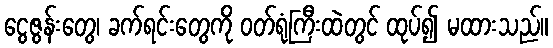
ငွေဇွန်းတွေ၊ ခက်ရင်းတွေကို ဝတ်ရုံကြီးထဲတွင် ထုပ်၍ မထားသည်။